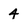
Character: 4